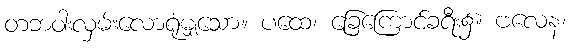
တဘဝါးလှမ်းလောရုံမျှသော။ ပထေ၊ ခြေကြောင်ခရီး၌။ ဗလေန၊